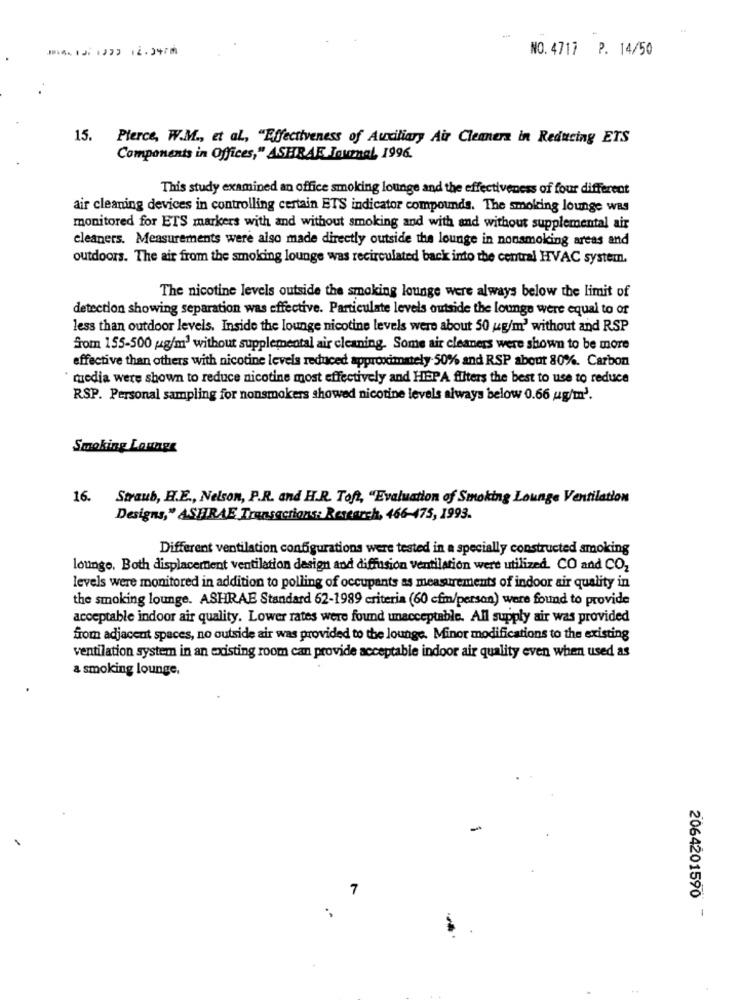
12.047
NO. 4717 P. 14/50
15.
Pierce, W.M ., et al, "Effectiveness of Auxiliary Air Cleaners in Reducing ETS
Components in Offices," ASHRAE Journal, 1996.
This study examined an office smoking lounge and the effectiveness of four different
air cleaning devices in controlling certain ETS indicator compounds. The smoking lounge was
monitored for ETS markers with and without smoking and with and without supplemental air
cleaners. Measurements were also made directly outside the lounge in nonsmoking areas and
outdoors. The air from the smoking lounge was recirculated back into the central HVAC system.
The nicotine levels outside the smoking lounge were always below the limit of
detection showing separation was effective. Particulate levels outside the lounge were equal to of
less than outdoor levels. Inside the lounge nicotine levels were about 50 g/m' without and RSP
from 155-500 g/m3 without supplemental air cleaning. Some air cleaners were shown to be more
effective than others with nicotine levels reduced approximately 50% and RSP about 80%. Carbon
media were shown to reduce nicotine most effectively and HEPPA filters the best to use to reduce
RSP. Personal sampling for nonsmokers showed nicotine levels always below 0.66 ug/m3.
Smoking Lounge
16.
Straub, H.E ., Nelson, P.R. and H.R. Toft, "Evaluation of Smoking Lounge Ventilation
Designs," ASHRAE Transactions: Research, 466-475, 1993.
Different ventilation configurations were tested in a specially constructed smoking
lounge. Both displacement ventilation design and diffusion ventilation were utilized. CO and CO2
levels were monitored in addition to polling of occupants as measurements of indoor air quality in
the smoking lounge. ASHRAE Standard 62-1989 criteria (60 cfm/person) were found to provide
acceptable indoor air quality. Lower rates were found unacceptable. All supply air was provided
from adjacent spaces, no outside air was provided to the lounge. Minor modifications to the existing
ventilation system in an wodisting room can provide acceptable indoor air quality even when used as
& smoking lounge,
7
2064201590